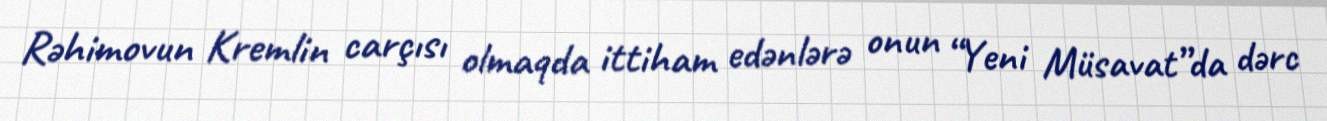
Rəhimovun Kremlin carçısı olmaqda ittiham edənlərə onun “Yeni Müsavat”da dərc